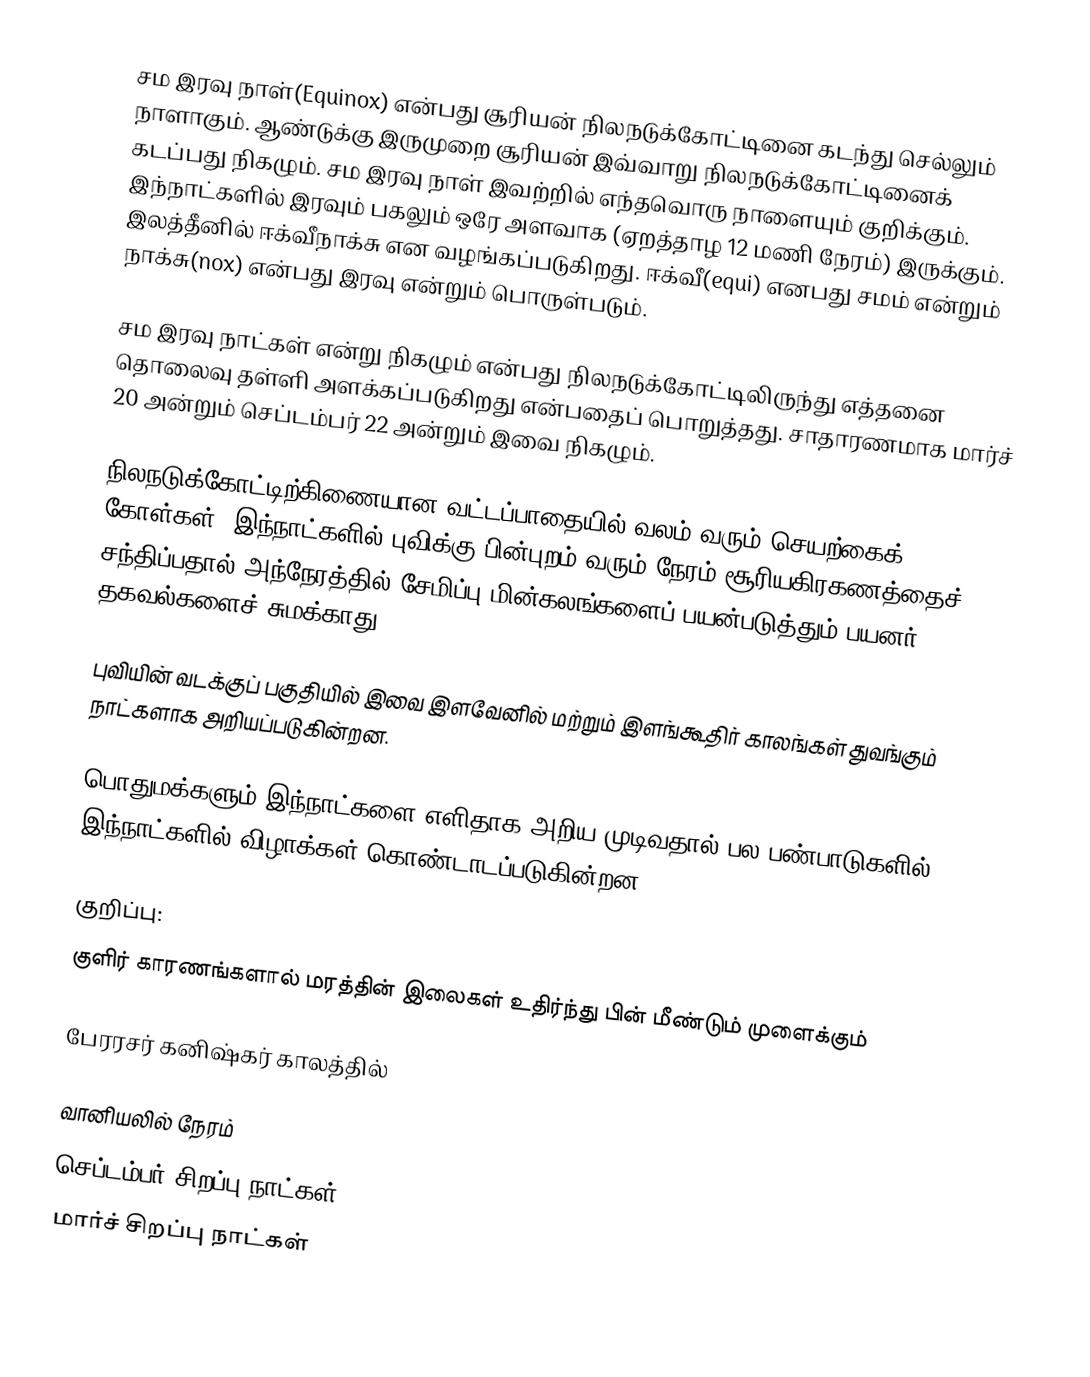
சம இரவு நாள்(Equinox) என்பது சூரியன் நிலநடுக்கோட்டினை கடந்து செல்லும் நாளாகும். ஆண்டுக்கு இருமுறை சூரியன் இவ்வாறு நிலநடுக்கோட்டினைக் கடப்பது நிகழும். சம இரவு நாள் இவற்றில் எந்தவொரு நாளையும் குறிக்கும். இந்நாட்களில் இரவும் பகலும் ஒரே அளவாக (ஏறத்தாழ 12 மணி நேரம்) இருக்கும். இலத்தீனில் ஈக்வீநாக்சு என வழங்கப்படுகிறது. ஈக்வீ(equi) எனபது சமம் என்றும் நாக்சு(nox) என்பது இரவு என்றும் பொருள்படும்.

சம இரவு நாட்கள் என்று நிகழும் என்பது நிலநடுக்கோட்டிலிருந்து எத்தனை தொலைவு தள்ளி அளக்கப்படுகிறது என்பதைப் பொறுத்தது. சாதாரணமாக மார்ச் 20 அன்றும் செப்டம்பர் 22 அன்றும் இவை நிகழும்.

நிலநடுக்கோட்டிற்கிணையான வட்டப்பாதையில் வலம் வரும் செயற்கைக் கோள்கள், இந்நாட்களில் புவிக்கு பின்புறம் வரும் நேரம் சூரியகிரகணத்தைச் சந்திப்பதால் அந்நேரத்தில் சேமிப்பு மின்கலங்களைப் பயன்படுத்தும்;பயனர் தகவல்களைச் சுமக்காது.

புவியின் வடக்குப் பகுதியில் இவை இளவேனில் மற்றும் இளங்கூதிர் காலங்கள் துவங்கும் நாட்களாக அறியப்படுகின்றன.

பொதுமக்களும் இந்நாட்களை எளிதாக அறிய முடிவதால்,பல பண்பாடுகளில் இந்நாட்களில் விழாக்கள் கொண்டாடப்படுகின்றன.

குறிப்பு:
குளிர் காரணங்களால் மரத்தின் இலைகள் உதிர்ந்து பின் மீண்டும் முளைக்கும்

பேரரசர் கனிஷ்கர் காலத்தில்

வானியலில் நேரம்
செப்டம்பர் சிறப்பு நாட்கள்
மார்ச் சிறப்பு நாட்கள்